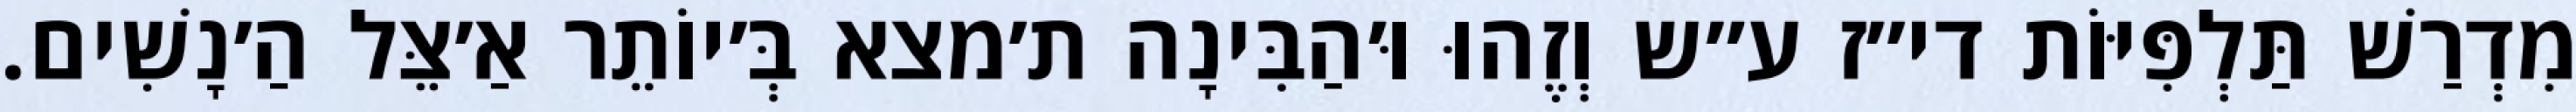
מִדְרַשׁ תַּלְפִּיּוֹת די״ז ע״ש וְזֶהוּ וּ׳הַבִּינָה ת׳מצא בְּ׳יוֹתֵר אַ׳צֵּל הַ׳נָשִׁים.